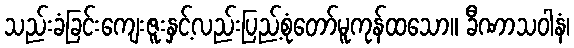
သည်းခံခြင်းကျေးဇူးနှင့်လည်းပြည့်စုံတော်မူကုန်ထသော။ ခီဏာသဝါနံ၊